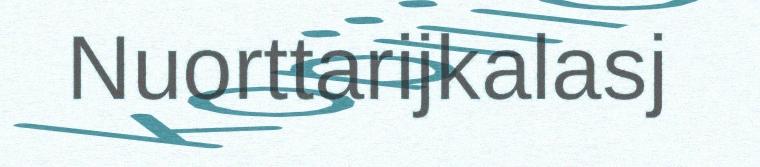
Nuorttarijkalasj